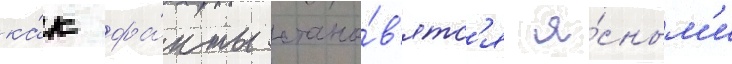
ка́к фа́кты стано́в'ятс'я я́сным'и